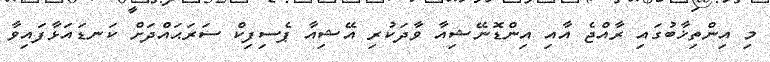
މި އިންތިޚާބުގައި ރާއްޖެ އާއި އިންޑޮނޭޝިއާ ވާދަކުރި އޭޝިއާ ޕެސިފިކް ސަރަޙައްދަށް ކަނޑައަޅާފައިވާ